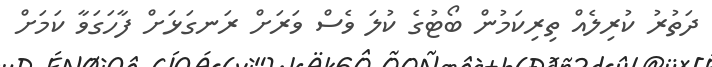
ދަތުރު ކުރިލެއް ތިރިކަމުން ބޯޓުގެ ކުލަ ވެސް ވަރަށް ރަނގަޅަށް ފާހަގަވާ ކަމަށް